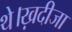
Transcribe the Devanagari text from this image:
थे।ख़दीजा